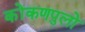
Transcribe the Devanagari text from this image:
कोंकणपुलो